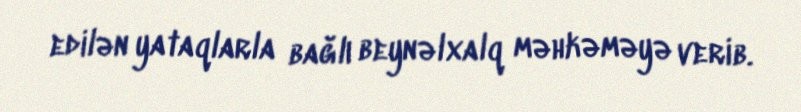
edilən yataqlarla bağlı beynəlxalq məhkəməyə verib.